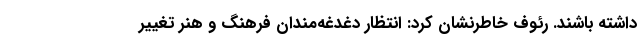
داشته باشند. رئوف خاطرنشان کرد: انتظار دغدغه‌مندان فرهنگ و هنر تغییر